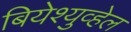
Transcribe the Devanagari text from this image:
बियेश्युव्हेल